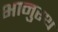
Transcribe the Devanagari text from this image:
भानुरथ